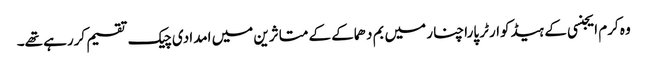
وہ کرم ایجنسی کے ہیڈکوارٹر پاراچنار میں بم دھماکے کے متاثرین میں امدادی چیک تقسیم کررہے تھے۔